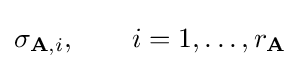
\sigma _{\mathbf {A} ,i},\qquad i=1,\ldots ,r_{\mathbf {A} }